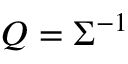
{ \boldsymbol { Q } } = { \boldsymbol { \Sigma } } ^ { - 1 }